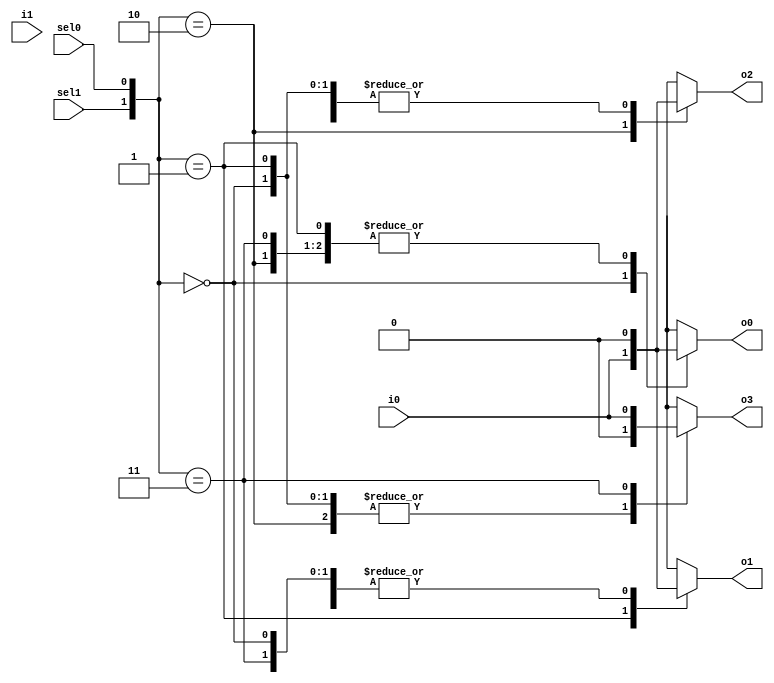
module demux2to4 (
    input wire i0,
    input wire i1,
    input wire sel0,
    input wire sel1,
    output reg o0,
    output reg o1,
    output reg o2,
    output reg o3
);

always @(*)
begin
    case({sel1, sel0})
        2'b00: begin
            o0 = i0;
            o1 = 1'b0;
            o2 = 1'b0;
            o3 = 1'b0;
        end
        2'b01: begin
            o0 = 1'b0;
            o1 = i0;
            o2 = 1'b0;
            o3 = 1'b0;
        end
        2'b10: begin
            o0 = 1'b0;
            o1 = 1'b0;
            o2 = i0;
            o3 = 1'b0;
        end
        2'b11: begin
            o0 = 1'b0;
            o1 = 1'b0;
            o2 = 1'b0;
            o3 = i0;
        end
    endcase
end

endmodule